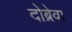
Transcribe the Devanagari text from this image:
दोब्रेवा